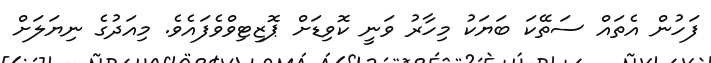
ފަހުން އެތައް ސަތޭކަ ބަޔަކު މިހާރު ވަނީ ކޮވިޑަށް ޕޮޒިޓިވްވެފައެވެ. މިއަދުގެ ނިޔަލަށް